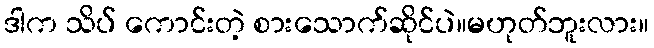
ဒါက သိပ် ကောင်းတဲ့ စားသောက်ဆိုင်ပဲ။မဟုတ်ဘူးလား။